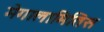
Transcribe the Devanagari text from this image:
मेगालामितिस